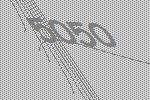
5050